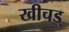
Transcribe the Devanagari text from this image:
खीचड्